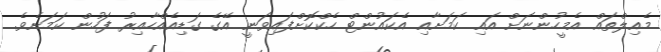
މެއިލްތައް އެމީހުންނަށް އައި ކަމަށާއި އެކައުންޓް ހެކްކޮށްފައިވަނީ އޭގެ ގަޑިއެއްހާއިރު ފަހުން ކަމަށެވެ.